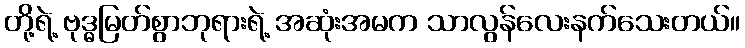
တို့ရဲ့ ဗုဒ္ဓမြတ်စွာဘုရားရဲ့ အဆုံးအမက သာလွန်လေးနက်သေးတယ်။